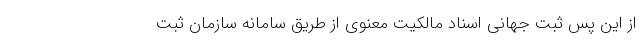
از این پس ثبت جهانی اسناد مالکیت معنوی از طریق سامانه سازمان ثبت